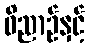
ဝိညာဉ်နှင့်